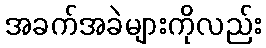
အခက်အခဲများကိုလည်း